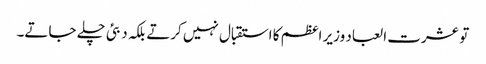
تو عشرت العباد وزیر اعظم کا استقبال نہیں کرتے بلکہ دبئی چلے جاتے۔